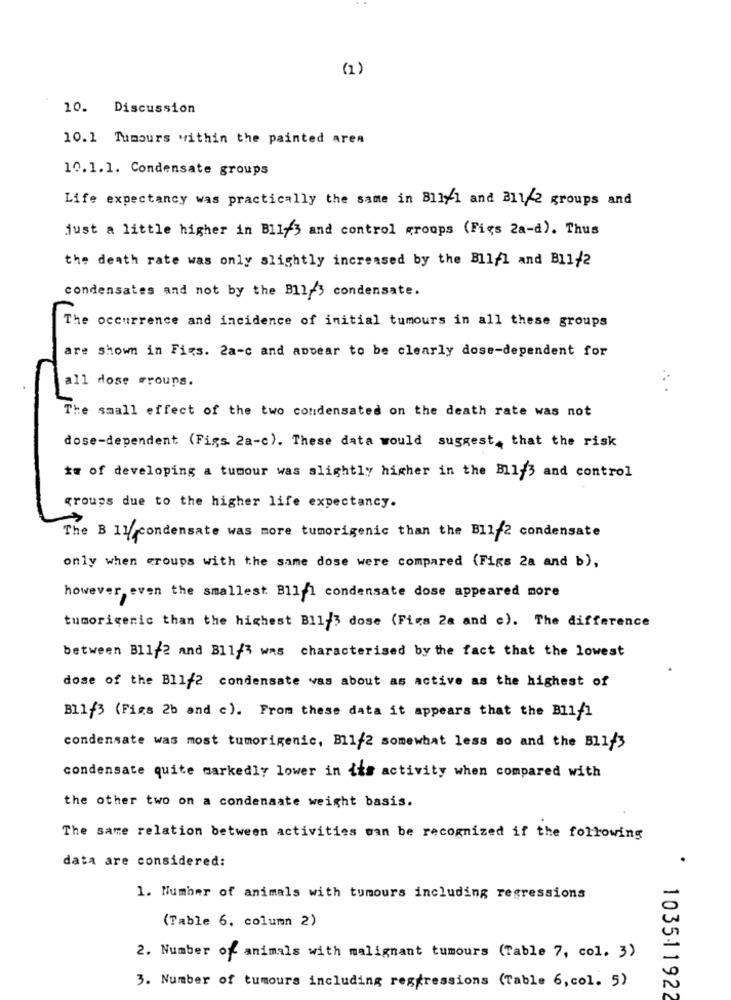
(1)
10. Discussion
10.1 Tumours within the painted aren
10.1.1. Condensate groups
Life expectancy was practically the same in Bliyl and B11/2 groups and
just a little higher in Bil-3 and control groups (Figs 2a-d). Thus
the death rate was only slightly increased by the Bllfl and B11/2
condensates and not by the Bll-5 condensate.
The occurrence and incidence of initial tumours in all these groups
are shown in Figs. 2a-c and appear to be clearly dose-dependent for
all dose Frouns.
.. .
The small effect of the two condensated on the death rate was not
dose-dependent (Figs. 2a-c). These data would suggest, that the risk
is of developing a tumour was slightly higher in the Bll-3 and control
groups due to the higher life expectancy.
The B 11 condensate was more tumorigenic than the Bl1-2 condensate
only when croups with the same dose were compared (Figs 2a and b),
however, even the smallest B11/1 condensate dose appeared more
tumorigenic than the highest B11/3 dose (Figs 2a and c). The difference
between Bl1/2 and B11/3 was characterised by the fact that the lowest
dose of the Bl1/2 condensate was about as active as the highest of
Bllf3 (Figs 2b and c). From these data it appears that the Bilfi
condensate was most tumorigenic, B11/2 somewhat less so and the Bl1/3
condensate quite markedly lower in its activity when compared with
the other two on a condenaate weight basis.
The same relation between activities san be recognized if the following
data are considered:
1. Number of animals with tumours including regressions
(Table 6, column 2)
2. Number of animals with malignant tumours (Table 7, col. 3)
3. Number of tumours including regressions (Table 6, col. 5)
103511922